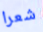
شعرا